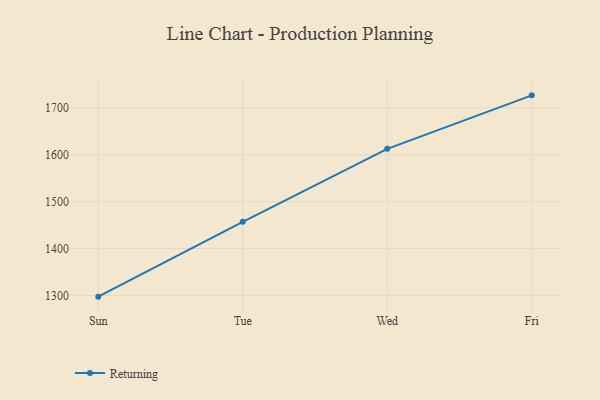
{"axis": {"x": "Day", "y": "Tickets Resolved"}, "legend": ["Returning"], "data": [{"x": "Sun", "y": 1297.3, "type": "Returning"}, {"x": "Tue", "y": 1456.9, "type": "Returning"}, {"x": "Wed", "y": 1612.6, "type": "Returning"}, {"x": "Fri", "y": 1726.7, "type": "Returning"}]}